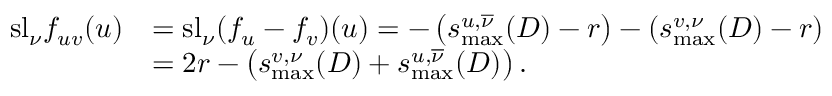
\begin{array} { r l } { \mathrm { s l } _ { \nu } f _ { u v } ( u ) } & { = \mathrm { s l } _ { \nu } ( f _ { u } - f _ { v } ) ( u ) = - \left( s _ { \mathrm { m a x } } ^ { u , \overline { \nu } } ( D ) - r \right) - \left( s _ { \mathrm { m a x } } ^ { v , \nu } ( D ) - r \right) } \\ & { = 2 r - \left( s _ { \mathrm { m a x } } ^ { v , \nu } ( D ) + s _ { \mathrm { m a x } } ^ { u , \overline { \nu } } ( D ) \right) . } \end{array}